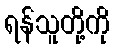
ရန်သူတို့ကို